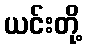
ယင်းတို့